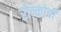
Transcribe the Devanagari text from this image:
रोन्कोची